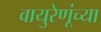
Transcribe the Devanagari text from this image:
वायुरेणूंच्या